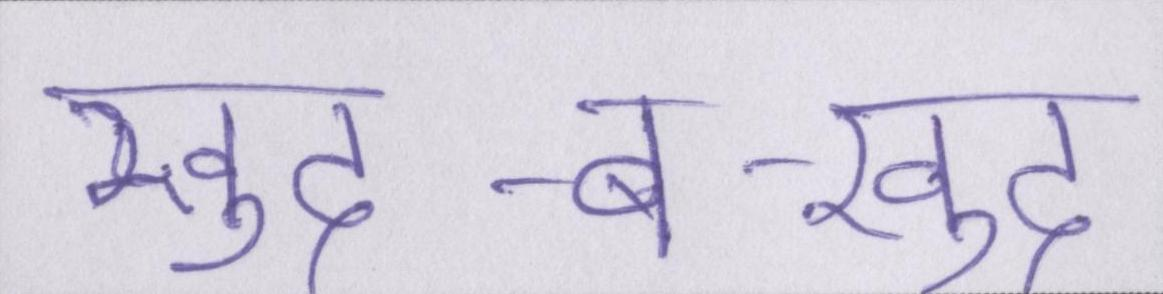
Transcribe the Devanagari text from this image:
खुद-ब-खुद